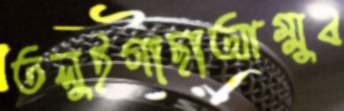
তলুইগাছাআম্মুব